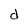
Character: d